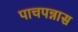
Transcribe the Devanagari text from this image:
पाचपन्नास